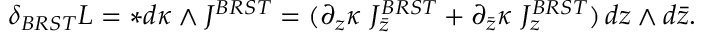
\delta _ { B R S T } { \cal L } = * d \kappa \wedge J ^ { B R S T } = ( \partial _ { z } \kappa \, \, J _ { \bar { z } } ^ { B R S T } + \partial _ { \bar { z } } \kappa \, \, J _ { z } ^ { B R S T } ) \, d z \wedge d \bar { z } .